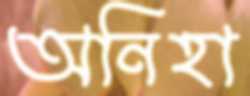
অনিহা